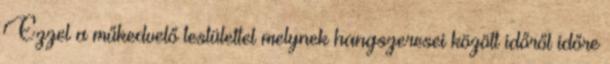
Ezzel a műkedvelő testülettel melynek hangszeresei között időről időre